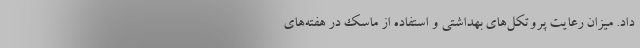
داد. میزان رعایت پروتکل‌های بهداشتی و استفاده از ماسک در هفته‌های